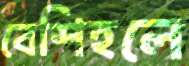
বেশিহলে